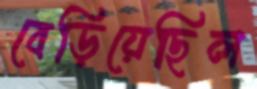
বেড়িয়েছিল